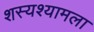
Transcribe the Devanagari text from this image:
शस्यश्यामला